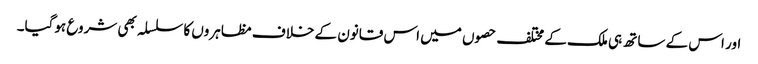
اور اس کے ساتھ ہی ملک کے مختلف حصوں میں اس قانون کے خلاف مظاہروں کا سلسلہ بھی شروع ہوگیا۔